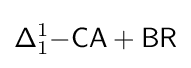
{\mathsf {\Delta }}_{1}^{1}{\mathsf {-CA+BR}}